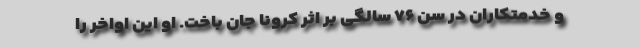
و خدمتکاران در سن ۷۶ سالگی بر اثر کرونا جان باخت. او این اواخر را